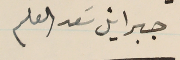
جبرائيل سَعد العلم